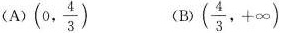
（A）(0, \frac{4}{3}) （B）( \frac{4}{3},+ ∞ )